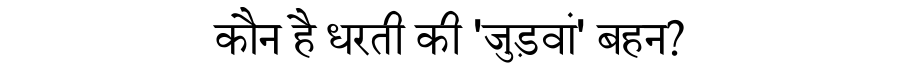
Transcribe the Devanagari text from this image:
कौन है धरती की 'जुड़वां' बहन?